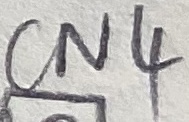
Text: CN4